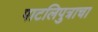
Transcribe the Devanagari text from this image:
पाटलिपुत्राचा